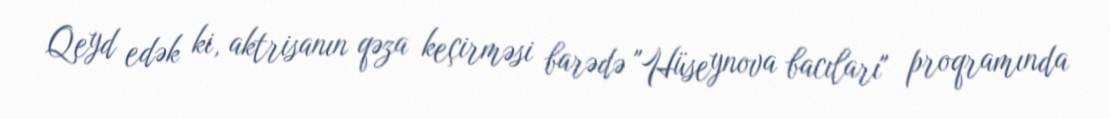
Qeyd edək ki, aktrisanın qəza keçirməsi barədə "Hüseynova bacıları" proqramında